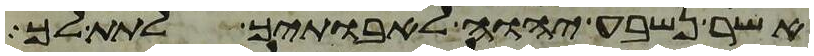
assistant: אשר נשבע יהוה לאבתיך לתת לך